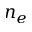
n _ { e }